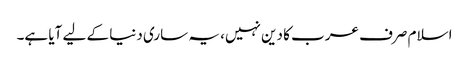
اسلام صرف عرب کا دین نہیں، یہ ساری دنیا کے لیے آیا ہے۔